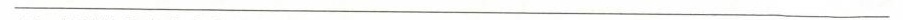
___